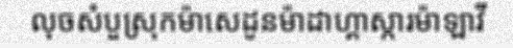
លុចសំបួស្រុកម៉ាសេដូនម៉ាដាហ្គាស្ការម៉ាឡាវី